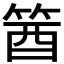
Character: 𥭛